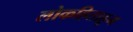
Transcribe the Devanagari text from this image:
लोकहिताहून